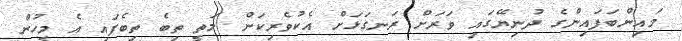
މައިންބަފައިންގެ ދުނިޔޭގައި ވަރަށް ރަނގަޅަށް އެކުވެރިކަން މަތީ ތިބެ ތިބެފައި އެ މީހުން